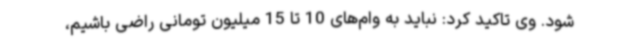
شود. وی تاکید کرد: نباید به وام‌های 10 تا 15 میلیون تومانی راضی باشیم،